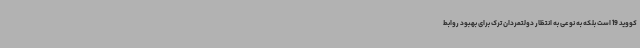
کووید 19 است بلکه به نوعی به انتظار دولتمردان ترک برای بهبود روابط